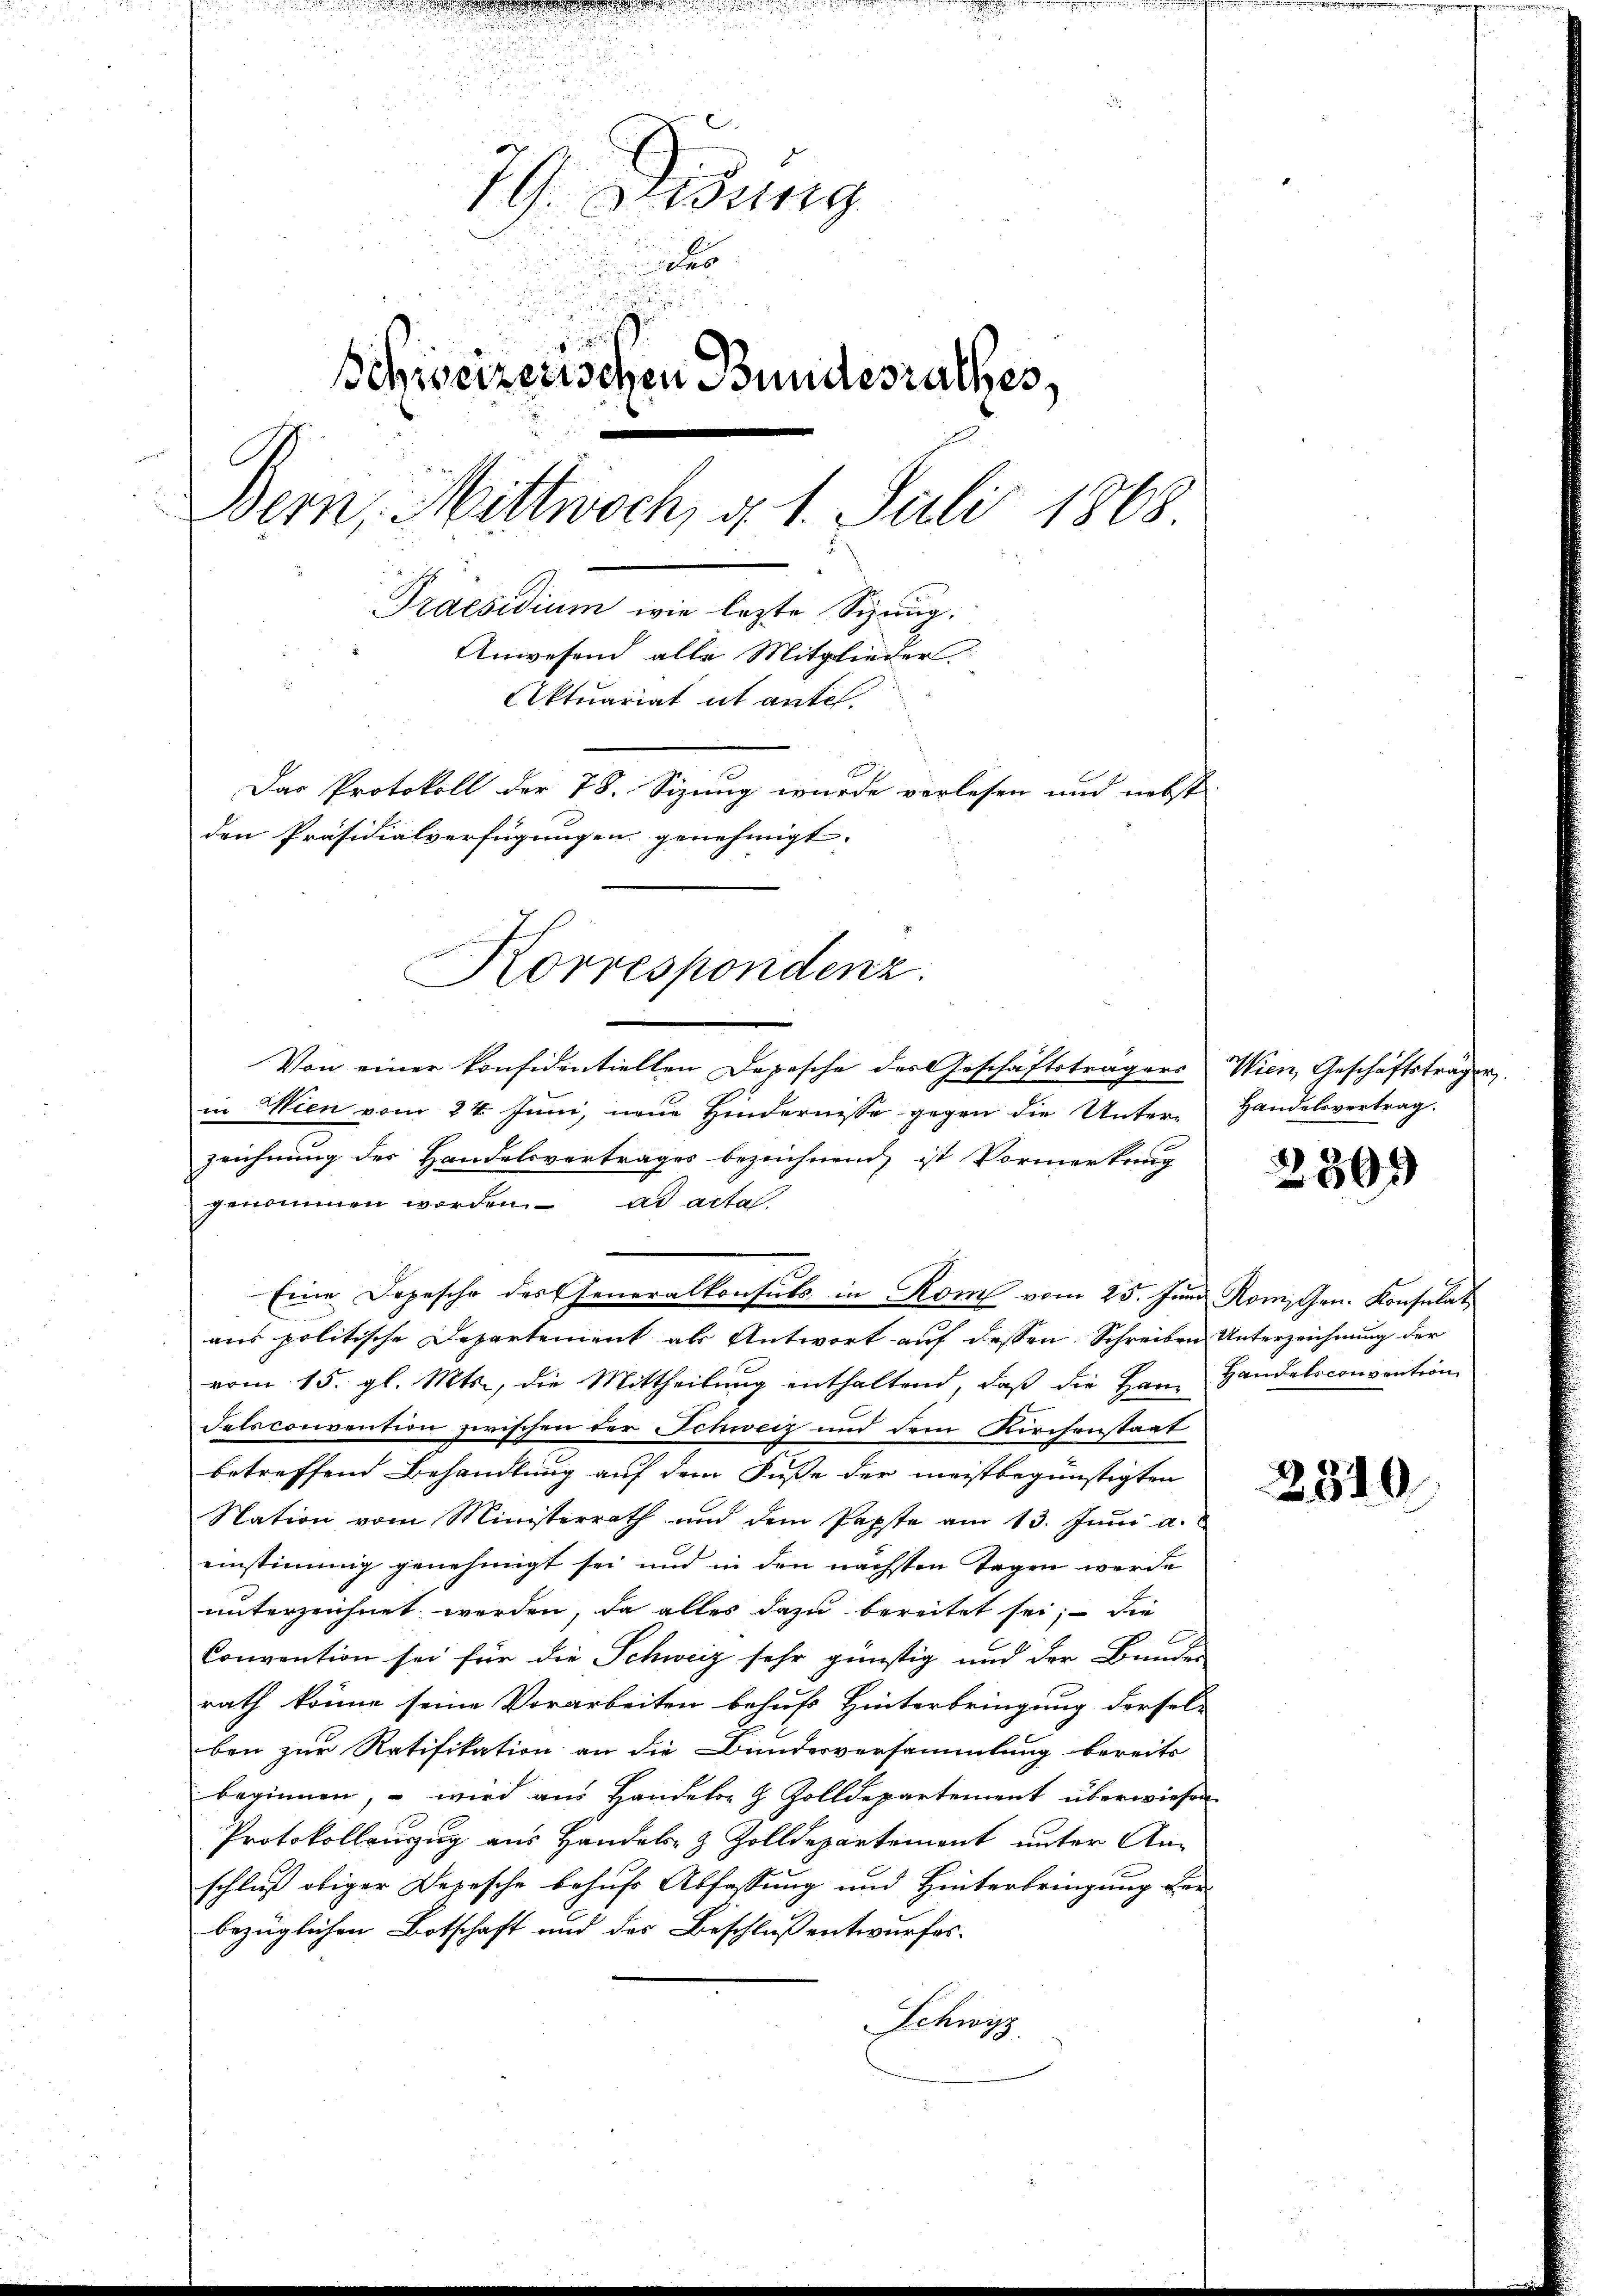
79. Disung
er
Schweizerischen Bundesrathes,
Bern, Mittwoch, d. 1. Juli 1868.
Praesidium wie lezte Sizung.
Anwesend alle Mitglieder
Aktuariat et antel.
Das Protokoll der 78. Sizung wurde verlesen und nebst
den Präsidialverfügungen genehmigt.

Von einer konsidentiellen Depesche des Geschäftsträgers Wien, Geschäftsträger
in Wien vom 24. Juni, neue Hindernisse gegen die Unter-
zeichnung der Handelsvertrages bezeichnend, ist Vormerkung
genommen worden. ad acta.
Eine Depesche der Generalkonsuls in Rom vom 25. Juni Romischen. Konsulat
aus politische Departement als Antwort auf dessen Schreiben Unterzeichnung der
vom 15. gl. Mts., die Mittheilŭng enthaltend, daβ die Ham Handelsconvention
delsconvention zwischen der Schweiz und dem Kirchenstaat
betreffend Behandlung auf dem Fuße der meistbegünstigten
Nation vom Ministerrath und dem Papste am 13. Juni a.
einstimmig genehmigt sei und in den nächsten Tagen werde
unterzeichnet werden, da alles dazu bereitet sei; die
2
Convention sei für die Schweiz sehr günstig und der Bunden
rath könne seine Vorarbeiten behufs Hinterbringung dersel-
ben zur Ratifikation an die Bundesversammlung bereits
beginnen, – wird aus Handels- & Zolldepartement überwiesen
Protokollauszug aus Handels- & Zolldepartement unter An-
schluß obiger Depesche behufs Abfassung und Hinterbringung der
bezüglichen Botschaft und des Beschluß entwurfes
Schwyz

Korrespondenz.

Handelsvertrag.

2309

2810